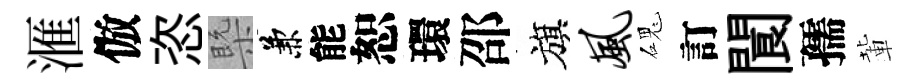
滙倣恣槩兼能恕環邵旗风磈訂閬孺輩